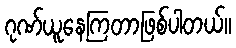
ဂုဏ်ယူနေကြတာဖြစ်ပါတယ်။